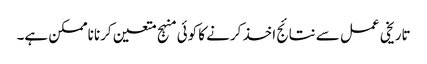
تاریخی عمل سے نتائج اخذ کرنے کا کوئی منہج متعین کرنا ناممکن ہے۔